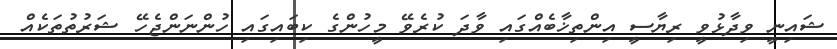
ޝައިނީ ވިދާޅުވީ ރިޔާސީ އިންތިޚާބެއްގައި ވާދަ ކުރެވޭ މީހުންގެ ކިބައިގައި ހުންނަންޖެހޭ ޝަރުތުތަކެއް